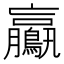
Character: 鸁